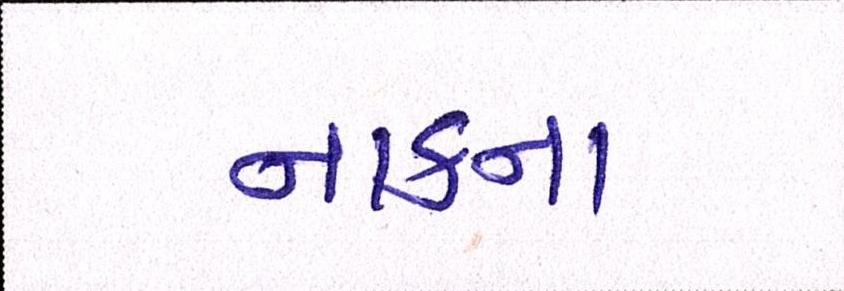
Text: નાકના